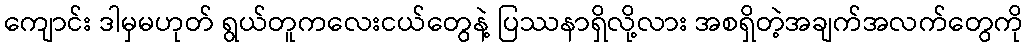
ကျောင်း ဒါမှမဟုတ် ရွယ်တူကလေးငယ်တွေနဲ့ ပြဿနာရှိလို့လား အစရှိတဲ့အချက်အလက်တွေကို